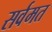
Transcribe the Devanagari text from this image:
सर्वमत